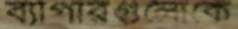
ব্যাপারগুলোকে